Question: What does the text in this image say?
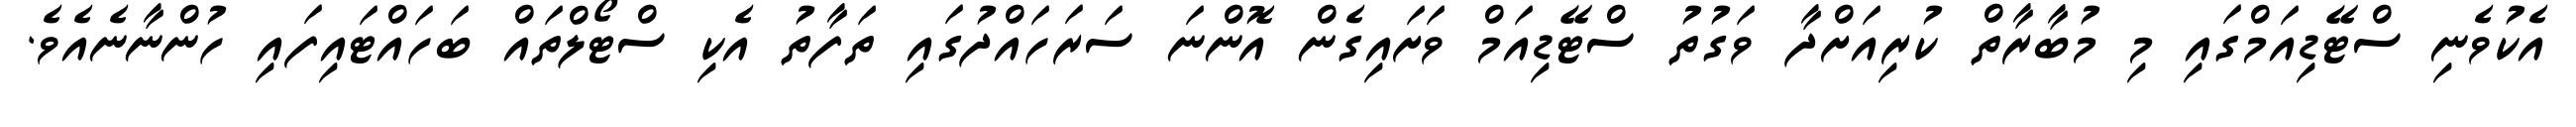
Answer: އެކުވެނި ސްޓޭޑިއަމްގައި މި މުބާރާތް ކުރިއަށްދާ ވަގުތު ސްޓޭޑިއަމް ވަށައިގެން އޮންނަ ސަރަހައްދުގައި ތަފާތު އެކި ސްޓޯލްތައް ބަހައްޓައިފައި ހުންނާނެއެވެ.